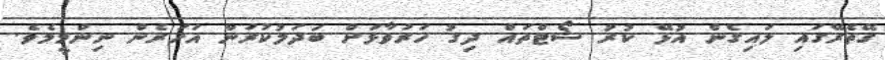
ގޭތެރޭގައި ލައިގެން އުޅޭ ކުރު ޝޯޓްތައް ދިގު ހަރުވާޅަށް ބަދަލުކުރަން އަހަރެން ނިންމީމެވެ.